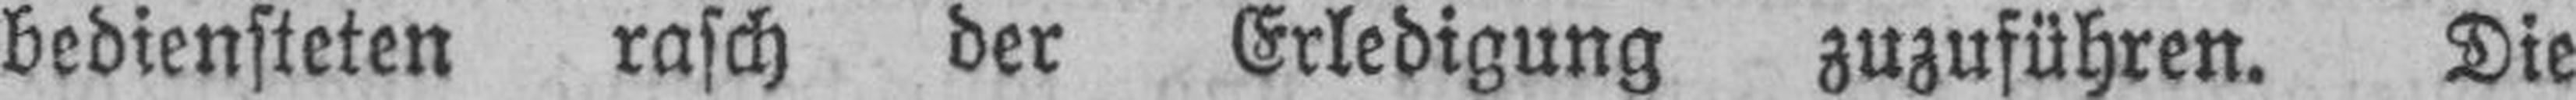
bediensteten rasch der Erledigung zuzuführen. Die